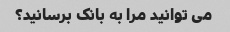
می توانید مرا به بانک برسانید؟